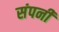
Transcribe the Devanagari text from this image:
संपनी